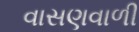
વાસણવાળી